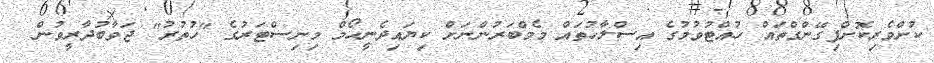
ކުށްވެރިކޮށްފިގޭންގްތައް ހުއްޓުވުމުގެ އިސްލާހުތައް މެމްބަރުންނަށް ކިޔައިދެނީހޯމް މިނިސްޓަރުގެ "ހުތުރު" ޖަވާބުދާރީވުން